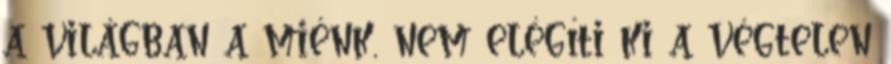
a világban a miénk, nem elégíti ki a végtelen